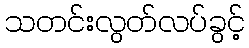
သတင်းလွတ်လပ်ခွင့်